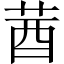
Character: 莤